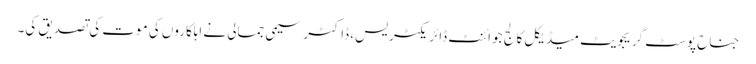
جناح پوسٹ گریجویٹ میڈیکل کالج جوائنٹ ڈائریکٹر یس، ڈاکٹر سیمی جمالی نے اہلکاروں کی موت کی تصدیق کی۔